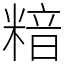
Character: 𥻚